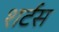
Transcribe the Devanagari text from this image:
शर्टस